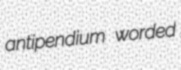
antipendium worded